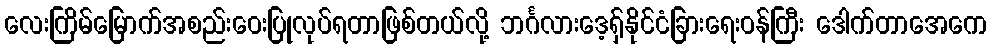
လေးကြိမ်မြောက်အစည်းဝေးပြုလုပ်ရတာဖြစ်တယ်လို့ ဘင်္ဂလားဒေ့ရှ်နိုင်ငံခြားရေးဝန်ကြီး ဒေါက်တာအေကေ